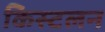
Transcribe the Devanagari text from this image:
किस्टलन